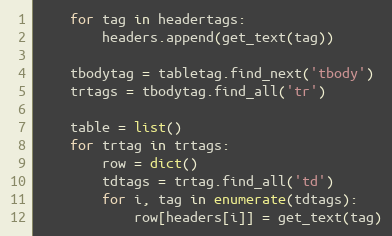
Language: Python
    for tag in headertags:
        headers.append(get_text(tag))

    tbodytag = tabletag.find_next('tbody')
    trtags = tbodytag.find_all('tr')

    table = list()
    for trtag in trtags:
        row = dict()
        tdtags = trtag.find_all('td')
        for i, tag in enumerate(tdtags):
            row[headers[i]] = get_text(tag)